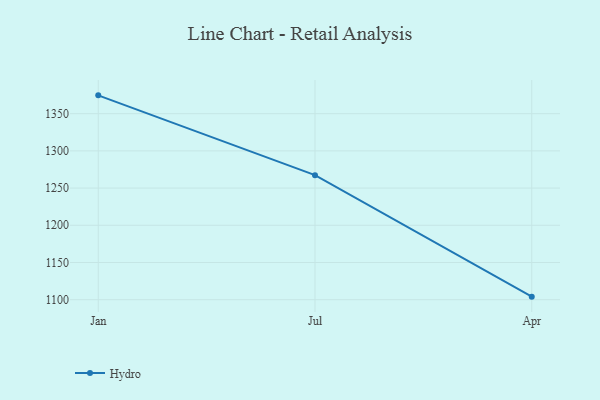
{"axis": {"x": "Month", "y": "LTV (USD)"}, "legend": ["Hydro"], "data": [{"x": "Jan", "y": 1374.6, "type": "Hydro"}, {"x": "Jul", "y": 1267.4, "type": "Hydro"}, {"x": "Apr", "y": 1104.1, "type": "Hydro"}]}